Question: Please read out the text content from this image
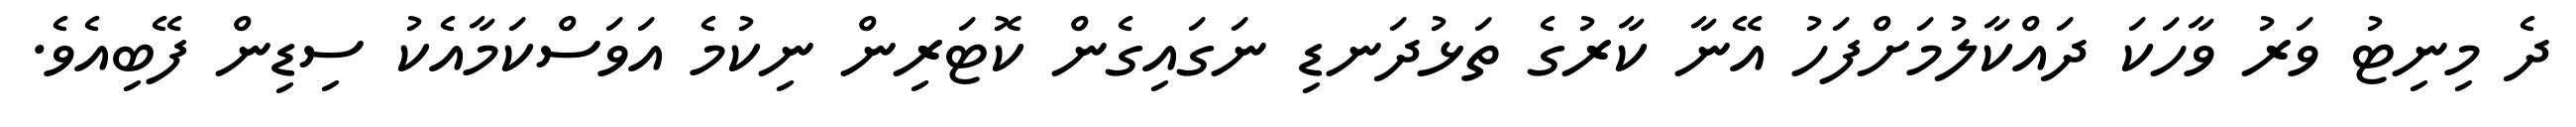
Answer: ދެ މިނިޓު ވަރު ވާހަކަ ދައްކާލުމަށްފަހު އޭނާ ކާރުގެ ތަޅުދަނޑި ނަގައިގެން ކޮޓަރިން ނިކުމެ އަވަސްކަމާއެކު ސިޑިން ފޭބިއެވެ.